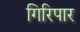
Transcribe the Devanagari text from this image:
गिरिपार